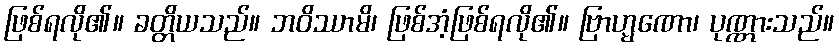
ဖြစ်ရလို၏။ ခတ္တိယသည်။ ဘဝိဿာမိ၊ ဖြစ်အံ့ဖြစ်ရလို၏။ ဗြာဟ္မဏော၊ ပုဏ္ဏားသည်။